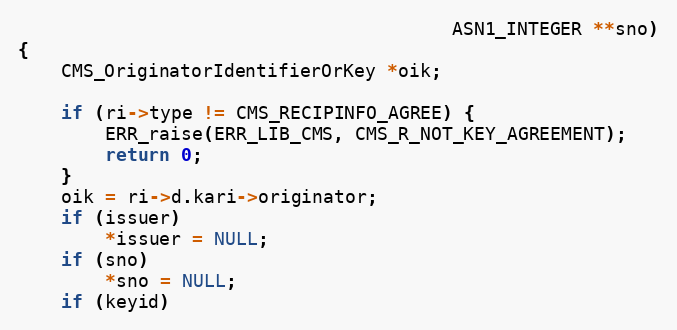
Language: C
                                        ASN1_INTEGER **sno)
{
    CMS_OriginatorIdentifierOrKey *oik;

    if (ri->type != CMS_RECIPINFO_AGREE) {
        ERR_raise(ERR_LIB_CMS, CMS_R_NOT_KEY_AGREEMENT);
        return 0;
    }
    oik = ri->d.kari->originator;
    if (issuer)
        *issuer = NULL;
    if (sno)
        *sno = NULL;
    if (keyid)